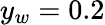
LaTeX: y_{w}=0.2